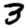
Digit: 3